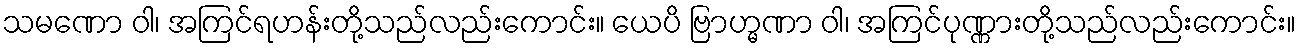
သမဏော ဝါ၊ အကြင်ရဟန်းတို့သည်လည်းကောင်း။ ယေပိ ဗြာဟ္မဏာ ဝါ၊ အကြင်ပုဏ္ဏားတို့သည်လည်းကောင်း။